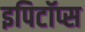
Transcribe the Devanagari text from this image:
इपिटॉप्स